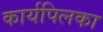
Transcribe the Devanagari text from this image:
कार्यपिलका